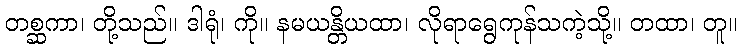
တစ္ဆကာ၊ တို့သည်။ ဒါရုံ၊ ကို။ နမယန္တိယထာ၊ လိုရာရွေကုန်သကဲ့သို့။ တထာ၊ တူ။